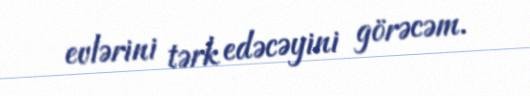
evlərini tərk edəcəyini görəcəm.